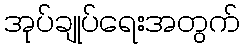
အုပ်ချုပ်ရေးအတွက်